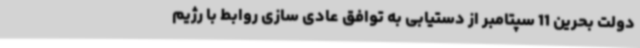
دولت بحرین 11 سپتامبر از دستیابی به توافق عادی سازی روابط با رژیم